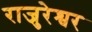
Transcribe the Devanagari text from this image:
राजुरेश्वर